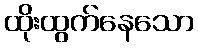
ထိုးထွက်နေသော